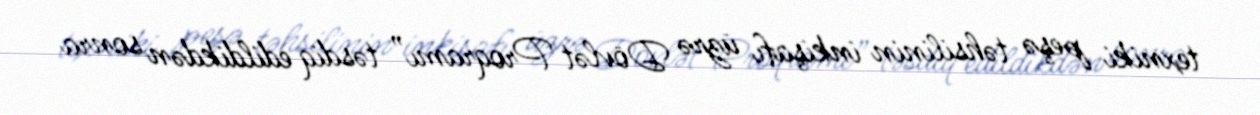
texniki peşə təhsilinin inkişafı üzrə Dövlət Proqramı” təsdiq edildikdən sonra